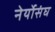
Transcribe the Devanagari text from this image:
नेर्योसंघ